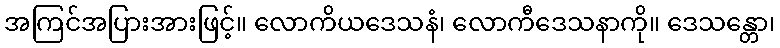
အကြင်အပြားအားဖြင့်။ လောကိယဒေသနံ၊ လောကီဒေသနာကို။ ဒေသန္တော၊